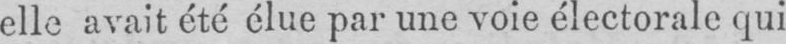
elle avait été élue par une voie électorale qui